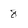
Character: 8